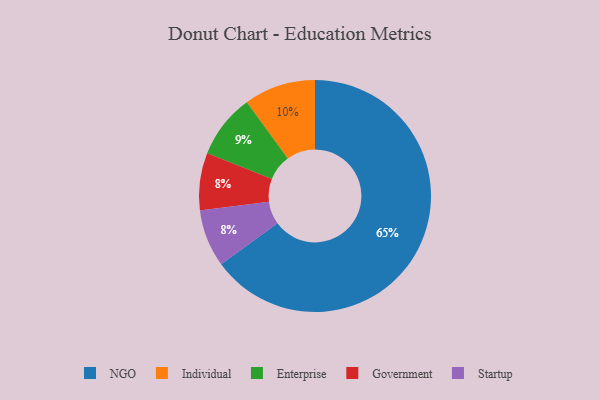
{"axis": {"x": "Category", "y": "Percentage"}, "legend": ["Enterprise", "Government", "Individual", "NGO", "Startup"], "data": [{"x": "NGO", "y": 65, "type": "NGO"}, {"x": "Government", "y": 8, "type": "Government"}, {"x": "Startup", "y": 8, "type": "Startup"}, {"x": "Enterprise", "y": 9, "type": "Enterprise"}, {"x": "Individual", "y": 10, "type": "Individual"}]}